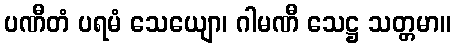
ပဏီတံ ပရမံ သေယျော၊ ဂါမဏီ သေဋ္ဌ သတ္တမာ။